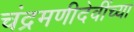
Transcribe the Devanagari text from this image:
चंद्रमणीदेवींच्या